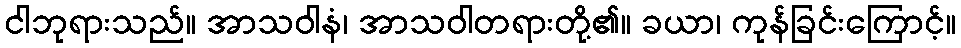
ငါဘုရားသည်။ အာသဝါနံ၊ အာသဝါတရားတို့၏။ ခယာ၊ ကုန်ခြင်းကြောင့်။